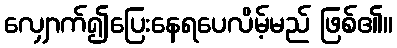
လျှောက်၍ပြေးနေရပေလိမ့်မည် ဖြစ်၏။